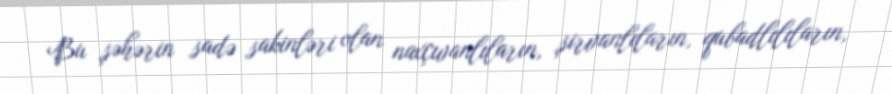
Bu şəhərin sadə sakinləri olan naxçıvanlıların, şirvanlıların, qubadlılıların,